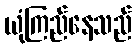
ယုံကြည်နေသည်